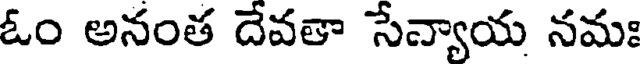
ఓం అనంత దేవతా సేన్యాయ నమః